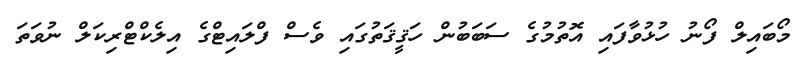
މޯބައިލް ފޯނު ހުޅުވާފައި އޮތުމުގެ ސަބަބުން ހަޤީޤަތުގައި ވެސް ފްލައިޓްގެ އިލެކްޓްރިކަލް ނުވަތަ